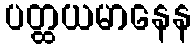
ပတ္ထယမာနေန